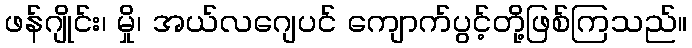
ဖန်ဂျိုင်း၊ မှို၊ အယ်လဂျေပင် ကျောက်ပွင့်တို့ဖြစ်ကြသည်။